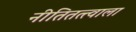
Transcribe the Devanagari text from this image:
नीतितत्त्वाला